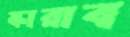
স্কারাব